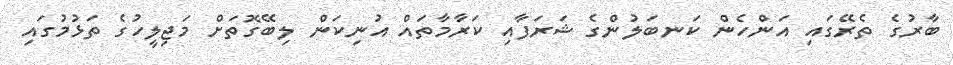
ބާރުގެ ތެރޭގައި އަންހެން ކަނބަލުންގެ ޝަރަފާއި ކަރާމާތައް އުނިކަން ލިބޭގޮތަށް މަޖިލީހުގެ ތަޅުމުގައި